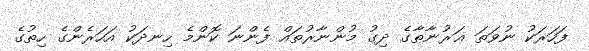
ފަހަރަކު ނުވަތަ ޣަރުނާޠާގެ ދިގު މުންނާރުތައް ފެންނަ ކޮންމެ ހިނދަކު އަހަރެންގެ ހިތުގެ